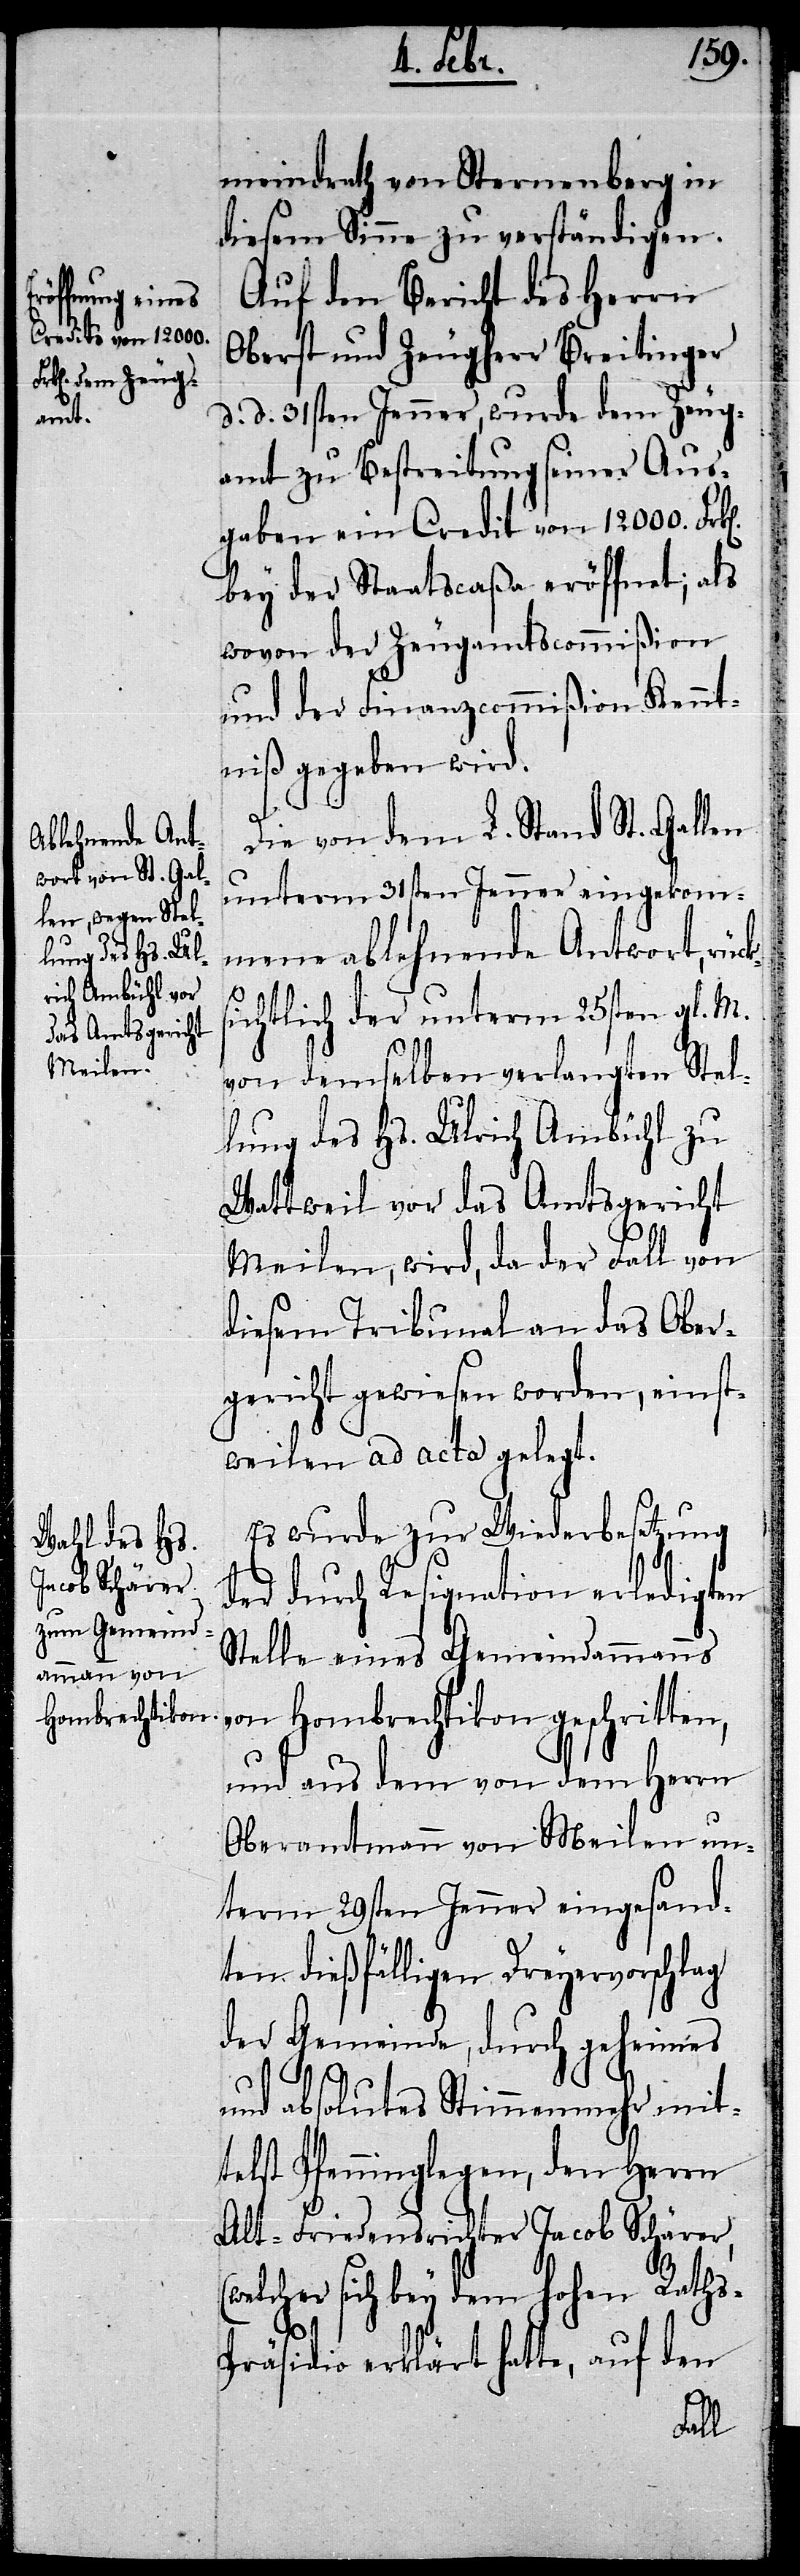
(w¬

meindrath von Sternenberg in
diesem Sinne zu verständigen.
Auf den Bericht des Herrn
Oberst und Zeugherr Breitinger
d. d. 31sten Jenner, wurde dem Zeug¬
amt zu Bestreitung seiner Aus¬
gaben ein Credit von 12000. Frk[e¬
bey der Staatscaßa eröffnet; als
wovon der Zeugamtscommißion
und der Finanzcommißion Kennt¬
niß gegeben wird.
Die von dem L. Stand St. Gallen
unterm 31sten Jenner eingekom¬
mene ablehnende Antwort, rüc¬
ichtlich der unterm 25sten gl. M.
von demselben verlangten Stel¬
lung des Hs. Ulrich Ambühl zu
Wattweil vor das Amtsgericht
Meilen, wird, da der Fall von
diesem Tribunal an das Ober¬
gericht gewiesen worden, einst¬
weilen ad acta gelegt.
Es wurde zur Wiederbesetzung
der durch Resignation erledigten
Stelle eines Gemeindammanns
von Hombrechtikon geschritten,
und aus dem von dem Herrn
Oberamtmann von Meilen un¬
term 29sten Jenner eingesand¬
ten dießfälligen Dreyervorschlag
der Gemeinde, durch geheimes
und absolutes Stimmenmehr mit¬
telst Pfenninglegen, den Herrn
Alt-Friedensrichter Jacob Schärer,
elcher sich bey dem hohen Rath¬
s-Präsidio erklärt hatte, auf den